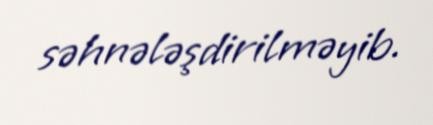
səhnələşdirilməyib.